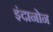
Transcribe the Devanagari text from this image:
इंदानोन